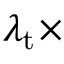
\lambda _ { \mathrm { t } } \times